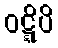
ဝဋ္ဋိပိ